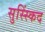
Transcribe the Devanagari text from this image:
सुस्स्किंद